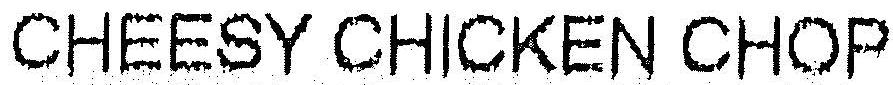
CHEESY CHICKEN CHOP